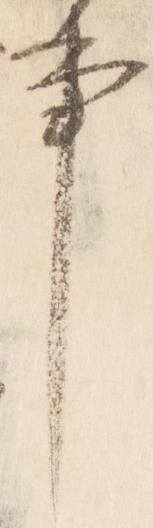
事